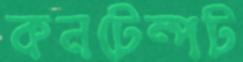
কনটেম্পট